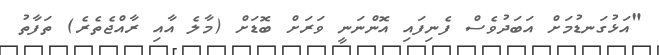
"އަޅުގަނޑުމަށް އަބަދުވެސް ފެނިފައި އޮންނަނީ ވަރަށް ބޮޑަށް (މާލެ އާއި ރާއްޖެތެރެ) ތަފާތު